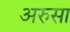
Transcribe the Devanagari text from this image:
अरुसा